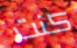
كنت